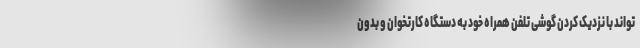
‌تواند با نزدیک کردن گوشی تلفن همراه خود به دستگاه کارتخوان و بدون